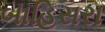
બાહિસરા